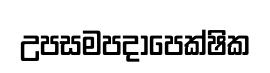
උපසමපදාපෙක්ෂික